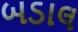
બડાલ